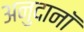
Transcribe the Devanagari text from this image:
अनुदानॉ